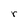
Character: r